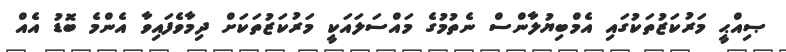
ޞިއްޙީ މަރުކަޒުތަކުގައި އެމްބިޔުލާންސް ނެތުމުގެ މައްސަލައަކީ މަރުކަޒުތަކަށް ދިމާވެފައިވާ އެންމެ ބޮޑު އެއް